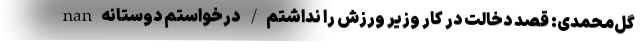
nan گل‌محمدی: قصد دخالت در کار وزیر ورزش را نداشتم/ درخواستم دوستانه